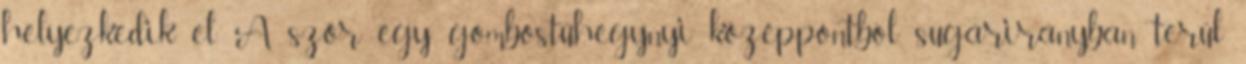
helyezkedik el. A szőr egy gombostűhegynyi középpontból sugárirányban terül